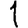
Digit: 1